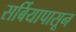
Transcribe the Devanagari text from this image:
सर्बियापासून